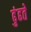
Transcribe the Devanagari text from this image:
ढुंढते